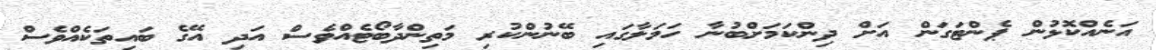
އަނެއްކޮޅުން ޕެންޓަގަން އަށް ދިންކަމަށްބުނާ ހަމަލާގައި ބޭނުންކުރި މަތިންދާބޯޓެއްވެސް އަދި އޭގެ ބައިތަކެއްވެސް